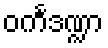
ဝင်္ကဒဏ္ဍာ